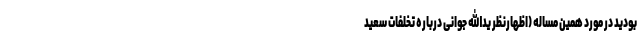
بودید در مورد همین مساله (اظهارنظر یدالله جوانی درباره تخلفات سعید